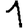
Digit: 1